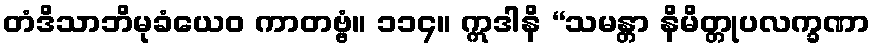
တံဒိသာဘိမုခံယေဝ ကာတဗ္ဗံ။ ၁၁၄။ ဣဒါနိ “သမန္တာ နိမိတ္တုပလက္ခဏာ